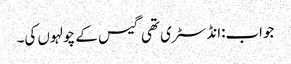
جواب:انڈسٹری تھی گیس کے چولہوں کی۔